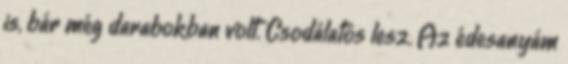
is, bár még darabokban volt. Csodálatos lesz. Az édesanyám